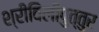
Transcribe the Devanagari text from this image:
श्रीविलीपुत्तुर